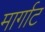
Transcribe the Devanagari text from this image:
मार्गाट